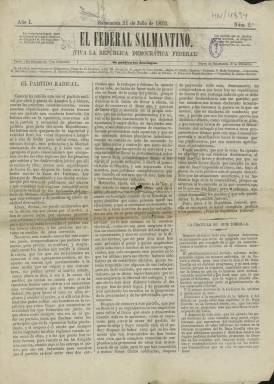
Título: El Federal salmantino
Colección: Periódicos
Ámbito geográfico: Salamanca
Lugar de publicación: Salamanca
Fechas: 21/07/1872-21/07/1872

Este periódico de ideología republicana, continuación de otro titulado El Tormes, tuvo una vida efímera. Nació en julio de 1872 en un periodo de convulsión política y dejó de editarse después de un año, en 1873, una vez proclamada la I República, régimen que también fue efímero pues concluyó en 1874 con la restauración de la monarquía borbónica.

  El Federal salmantino, que comenzó a editarse meses antes de la abdicación del rey Amadeo de Saboya, llevaba un subtítulo muy expresivo: ‘¡Viva la República democrática federal!’. Mostraba muy claramente pues cuál era su ideario en oposición a las distintas tendencias que se disputaban el escenario político del momento. Dentro de la misma ideología republicana existía también la corriente centralista opuesta al Estado federal.

El periódico constaba de cuatro páginas y se publicaba los domingos. La Biblioteca Nacional de España solo posee el segundo número, que lleva fecha de 21 de julio de 1872. En su contenido, como es lógico, priman los artículos de fondo o de análisis político destinados a exponer el ideario republicano federal, pero hay cabida para la información nacional y local y también para piezas poéticas, aunque son composiciones de tono panfletario.

  Precisamente, en el número que posee la BNE se da cuenta del atentado sufrido por el rey Amadeo y su familia en la calle del Arenal de Madrid, ataque que afortunadamente se saldó sin consecuencias. El Federal salmantino informa del suceso y deja clara su condena del atentado al tiempo que expresa su convencimiento de que la monarquía está llamada a desaparecer ‘pero por medios nobles y propios de esta hidalga tierra’.

Como se ha dicho anteriormente, este periódico es continuación de El Tormes, que al cesar pidió a los editores del primero que se hicieran cargo de servir las suscripciones pendientes. Aunque de ideario también republicano, El Tormes seguía una línea más moderada y su contenido no era primordialmente político. El Federal salmantino informó en su segundo número que todavía no había un acuerdo cerrado entre ambos, pero se supone que acabó habiéndolo.

   Una de los aspectos destacables de este periódico es la participación como colaboradora de la escritora Matilde Cherner. El Federal salmantino publicó en 1872 y 1873 varios poemas suyos. Cherner fue la primera autora que se atrevió a convertir en protagonista de una novela a una prostituta, en la línea del naturalismo radical.

[Descripción publicada el 15/02/2023]